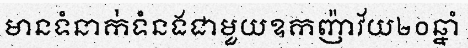
មានទំនាក់ទំនងជាមួយឧកញ៉ាវ័យ២០ឆ្នាំ